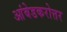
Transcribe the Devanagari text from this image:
आंबेडकरोत्तर